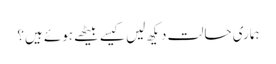
ہماری حالت دیکھ لیں کیسے بیٹھے ہوئے ہیں؟